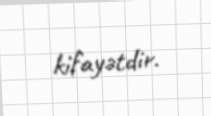
kifayətdir.